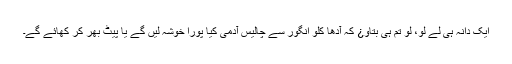
ایک دانہ ہی لے لو، لو تم ہی بتاو¿ کہ آدھا کلو انگور سے چالیس آدمی کیا پورا خوشہ لیں گے یا پیٹ بھر کر کھائے گے۔